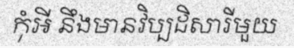
កុំអី នឹងមានវិប្បដិសារីមួយ